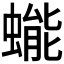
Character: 𰳔